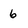
Character: 6